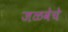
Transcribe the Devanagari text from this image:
जळवेचे